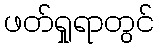
ဖတ်ရှုရာတွင်